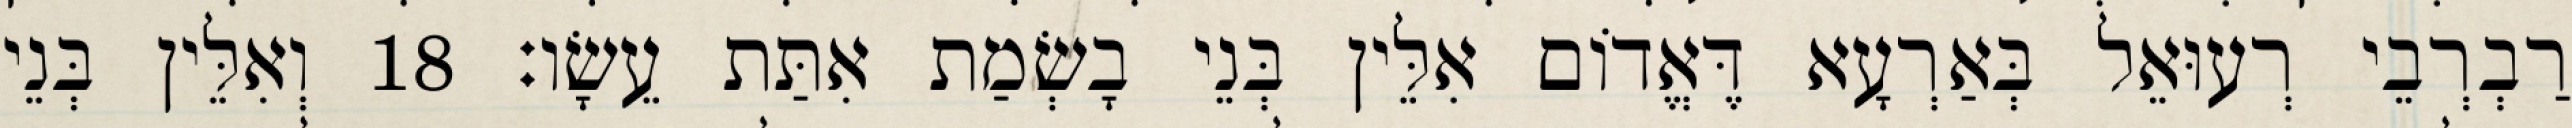
רַבְרְבֵי רְעוּאֵל בְּאַרְעָא דֶּאֱדוֹם אִלֵּין בְּנֵי בָשְׂמַת אִתַּת עֵשָׂו׃ 18 וְאִלֵּין בְּנֵי